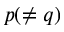
p ( \neq q )